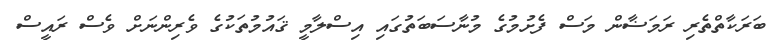
ބަރަކާތްތެރި ރަމަޟާން މަސް ފެށުމުގެ މުނާސަބަތުގައި އިސްލާމީ ޤައުމުތަކުގެ ވެރިންނަށް ވެސް ރައީސް